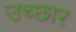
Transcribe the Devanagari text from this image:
उच्छार